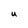
Character: U